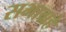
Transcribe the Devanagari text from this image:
सभाग्रहे